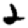
Digit: 2